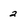
Character: 2